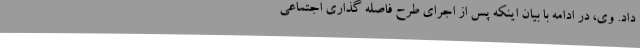
داد. وی، در ادامه با بیان اینکه پس از اجرای طرح فاصله گذاری اجتماعی